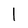
Character: I